Civil Veterinary Department. United Provinces 1932-42 - 1932-1942
Year: 1932
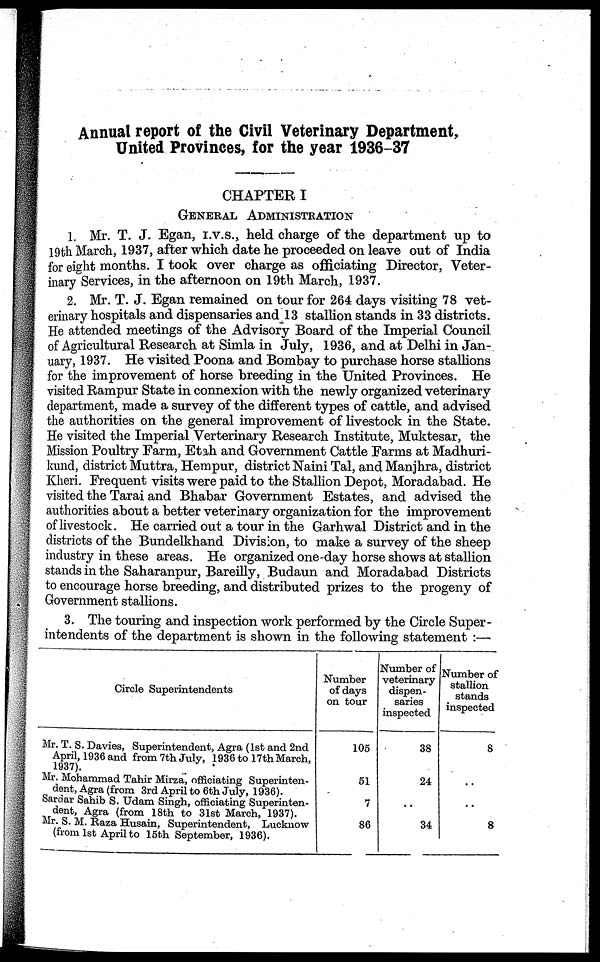
Annual report of the Civil Veterinary Department,
United Provinces, for the year 1936-37
CHAPTER I
GENERAL ADMINISTRATION
1. Mr. T. J. Egan, I.V.S., held charge of the department up to
19th March, 1937, after which date he proceeded on leave out of India
for eight months. I took over charge as officiating Director, Veter-
inary Services, in the afternoon on 19th March, 1937.
2. Mr. T. J. Egan remained on tour for 264 days visiting 78 vet-
erinary hospitals and dispensaries and 13 stallion stands in 33 districts.
He attended meetings of the Advisory Board of the Imperial Council
of Agricultural Research at Simla in July, 1936, and at Delhi in Jan-
uary, 1937. He visited Poona and Bombay to purchase horse stallions
for the improvement of horse breeding in the United Provinces. He
visited Rampur State in connexion with the newly organized veterinary
department, made a survey of the different types of cattle, and advised
the authorities on the general improvement of livestock in the State.
He visited the Imperial Verterinary Research Institute, Muktesar, the
Mission Poultry Farm, Etah and Government Cattle Farms at Madhuri-
kund, district Muttra, Hempur, district Naini Tal, and Manjhra, district
Kheri. Frequent visits were paid to the Stallion Depot, Moradabad. He
visited the Tarai and Bhabar Government Estates, and advised the
authorities about a better veterinary organization for the improvement
of livestock. He carried out a tour in the Garhwal District and in the
districts of the Bundelkhand Division, to make a survey of the sheep
industry in these areas. He organized one-day horse shows at stallion
stands in the Saharanpur, Bareilly, Budaun and Moradabad Districts
to encourage horse breeding, and distributed prizes to the progeny of
Government stallions.
3. The touring and inspection work performed by the Circle Super-
intendents of the department is shown in the following statement:—
Circle Superintendents
Mr. T. S. Davies, Superintendent, Agra (1st and 2nd
April, 1936 and from 7th July, 1936 to 17th March,
1937).
Mr. Mohammad Tahir Mirza, officiating Superinten-
dent, Agra (from 3rd April to 6th July, 1936).
Sardar Sahib S. Udam Singh, officiating Superinten-
dent, Agra (from 18th to 31st March, 1937).
Mr. S. M. Baza Husain, Superintendent, Lucknow
(from 1st April to 15th September, 1936).
Number
of days
on tour
105
51
7
86
Number of
veterinary
dispen-
saries
inspected
38
24
..
34
Number of
stallion
stands
inspected
8
..
..
8